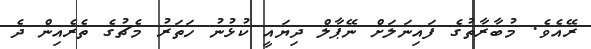
ރޭއެވެ. މުބާރާތުގެ ފައިނަލަށް ނޭޕާލް ދިޔައީ ކުޅުނު ހަތަރު މެޗުގެ ތެރެއިން ދެ